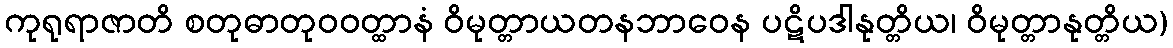
ကုရုရာဇာတိ စတုဓာတုဝဝတ္ထာနံ ဝိမုတ္တာယတနဘာဝေန ပဋိပဒါနုတ္တိယ၊ ဝိမုတ္တာနုတ္တိယ)